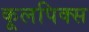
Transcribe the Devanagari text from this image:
कूलपिक्स